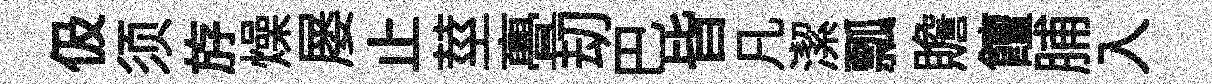
伋须斿燥屡止莖亹刧巴皆凡潔瓢贍饘脯入